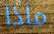
ماذا